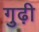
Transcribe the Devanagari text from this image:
गुढ़ी